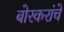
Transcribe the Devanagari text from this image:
बोरकरांचे